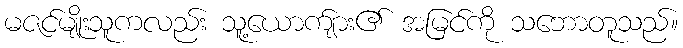
မဇင်မျိုးသူကလည်း သူ့ယောက်ျား၏ အမြင်ကို သဘောတူသည်။